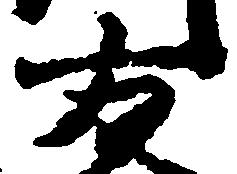
方